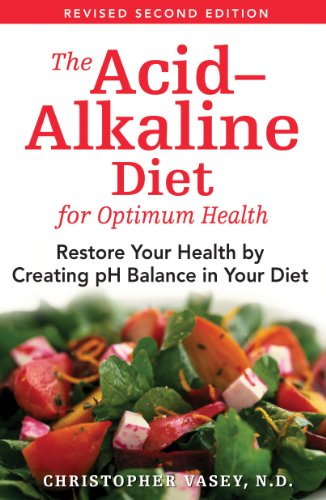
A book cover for The Acid-Alkaline Diet for Optimum Health: Restore Your Health by Creating pH Balance in Your Diet; Christopher Vasey; Health, Fitness & Dieting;